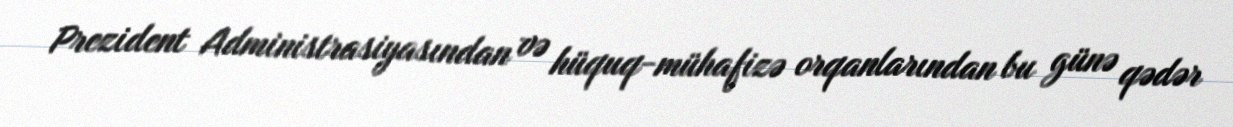
Prezident Administrasiyasından və hüquq-mühafizə orqanlarından bu günə qədər